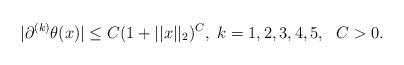
LaTeX: \begin{align*} \vert \partial^{(k)} \theta(x) \vert \leq C (1+ \vert \vert x \vert \vert_2)^C, \ k=1,2,3,4,5, \ \ C>0 . \end{align*}